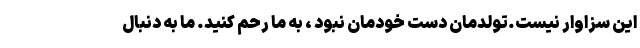
این سزاوار نیست.تولدمان دست خودمان نبود ، به ما رحم کنید. ما به دنبال